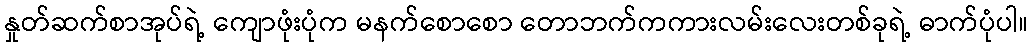
နှုတ်ဆက်စာအုပ်ရဲ့ ကျောဖုံးပုံက မနက်စောစော တောဘက်ကကားလမ်းလေးတစ်ခုရဲ့ ဓာက်ပုံပါ။